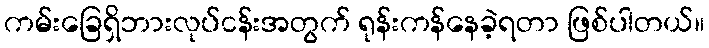
ကမ်းခြေရှိဘားလုပ်ငန်းအတွက် ရုန်းကန်နေခဲ့ရတာ ဖြစ်ပါတယ်။